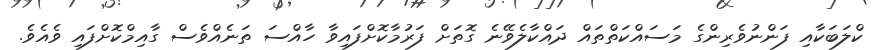
ކްލަބަކާއި ފަންނުވެރިންގެ މަސައްކަތްތައް ދައްކާލެވޭނެ ގޮތަށް ފަރުމާކޮށްފައިވާ ހާއްސަ ތަނެއްވެސް ގާއިމްކޮށްފައި ވެއެވެ.